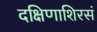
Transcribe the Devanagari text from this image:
दक्षिणाशिरसं